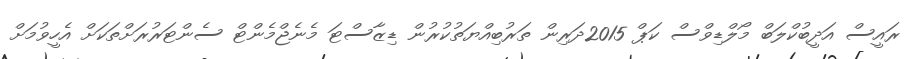
ރައީސް އަދީބުކްލަބް މޯލްޑިވްސް ކަޕް 2015ދަރިން ތަރުބިއްޔަތުކުރުން ޑިޒާސްޓަ މެނެޖްމެންޓް ސެންޓަރުރަށްތަކަށް އެހީވުމަށް